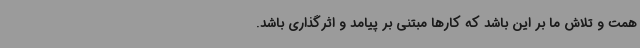
همت و تلاش ما بر این باشد که کارها مبتنی بر پیامد و اثرگذاری باشد.